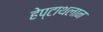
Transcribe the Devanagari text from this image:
हेप्टाथलान